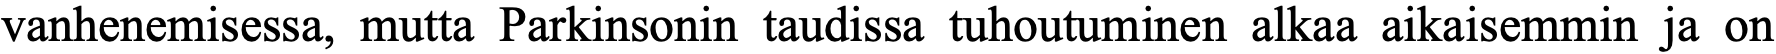
vanhenemisessa, mutta Parkinsonin taudissa tuhoutuminen alkaa aikaisemmin ja on